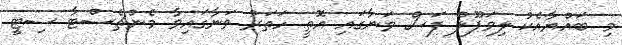
މި ބައްޔާއެކު ލިވަޕޫލް ފަސް ވަނާގައި އޮތީ ހަތަރު ވަނާގައިވާ މެންޗެސްޓާ ސިޓީ